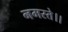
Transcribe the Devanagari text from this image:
नमस्ते।।